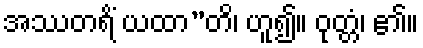
အဿတရိံ ယထာ”တိ၊ ဟူ၍။ ဝုတ္တံ၊ ၏။